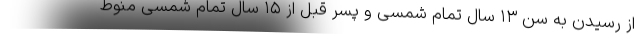
از رسیدن به سن ۱۳ سال تمام شمسی و پسر قبل از ۱۵ سال تمام شمسی منوط